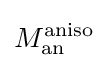
M_{\text{an}}^{\text{aniso}}